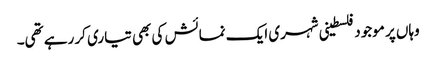
وہاں پر موجود فلسطینی شہری ایک نمائش کی بھی تیاری کر رہے تھی۔